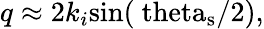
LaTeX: q\approx 2k_{i}\mathrm{sin(\ theta_{s}/2)},